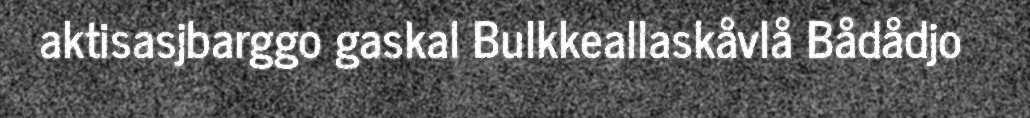
aktisasjbarggo gaskal Bulkkeallaskåvlå Bådådjo